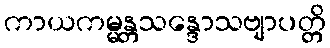
ကာယကမ္မန္တသန္ဒောသဗျာပတ္တိ